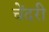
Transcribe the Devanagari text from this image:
चेंदरी